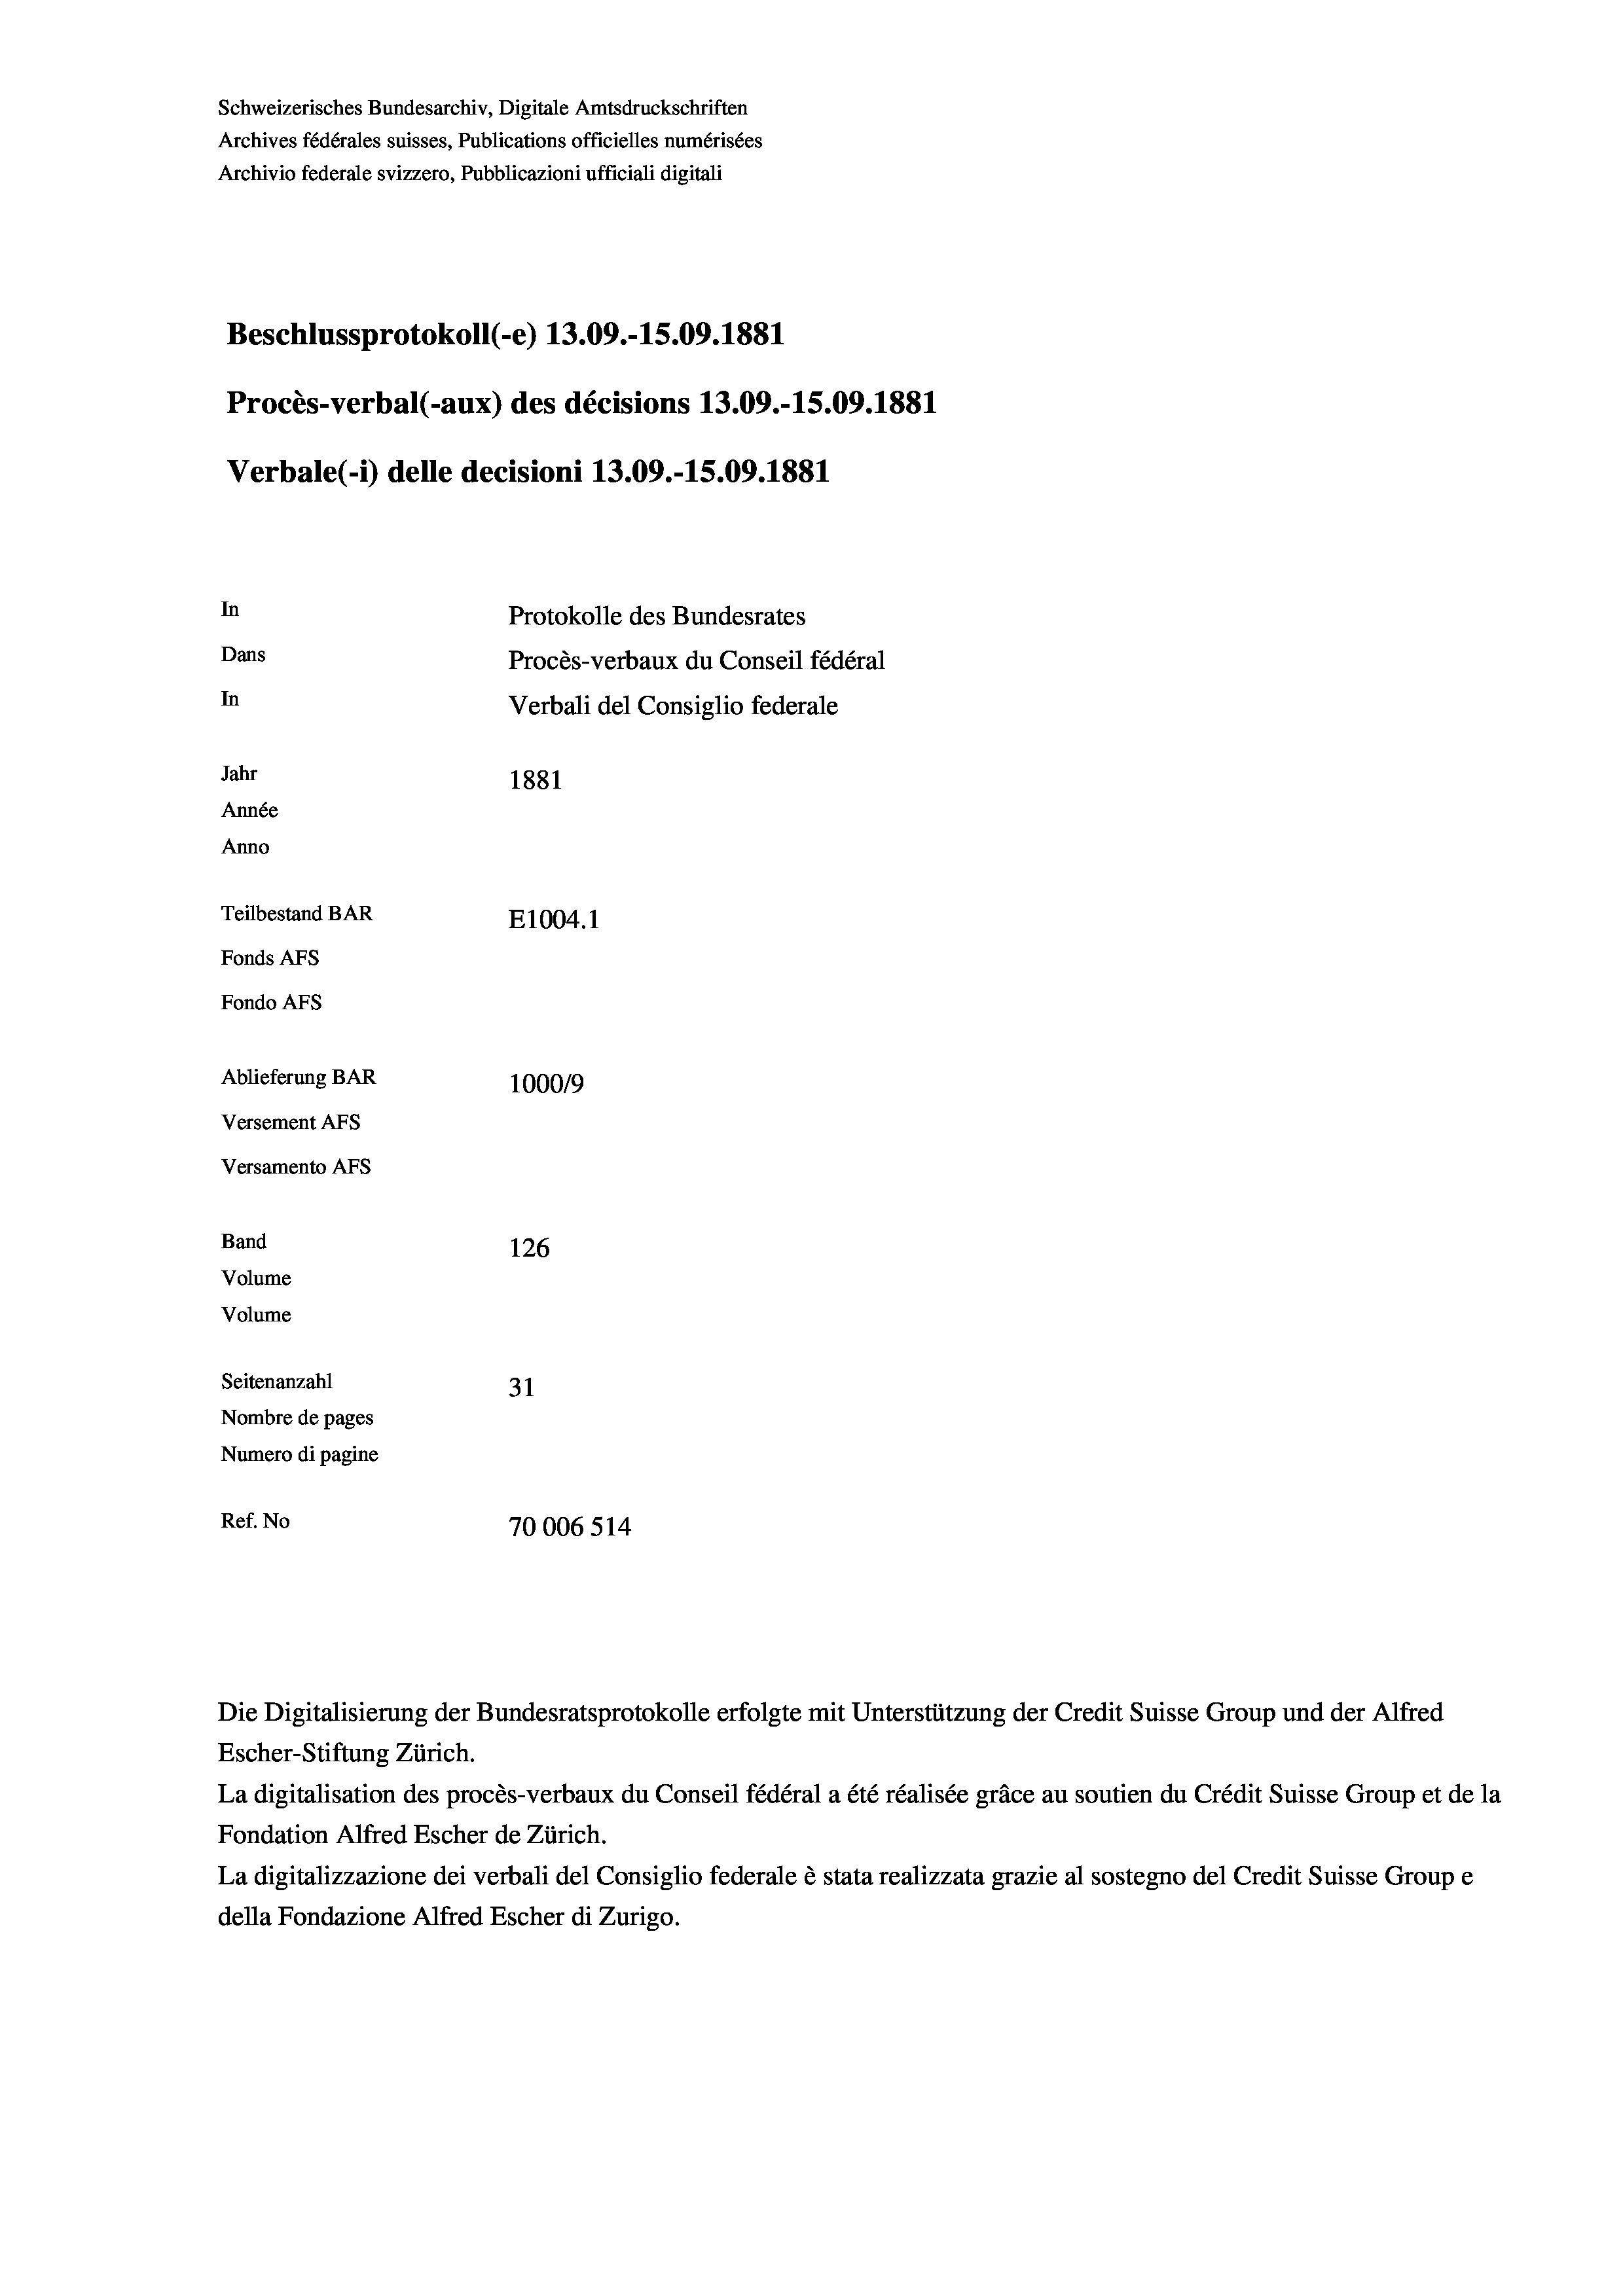
Schweizerisches Bundesarchiv, Digitale Amtsdruckschriften
Archives fédérales suisses, Publications officielles numérisées
Archivio federale svizzero, Pubblicazioni ufficiali digitali
Beschlussprotokoll (-e) 13.09.-15.09. 1881
Procès-verbal (-aux) des décisions 13.09.-15.09. 1881
Verbale (- 1) delle decisioni 13.09.-15.09. 1881
In
Protokolle des Bundesrates
Dans
Procès-verbaux du Conseil fédéral
In
Verbali del Consiglio federale
Jahr
1881
Année
Anno
Teilbestand BAR
E1004. 1
Fonds AFs
Fondo Afs
Ablieferung BAR
100019
Versement AFs
Versamento AFs
Band
126
Volume
Volume
Seitenanzahl
31
Nombre de pages
Numero di pagine
Ref. No
70006 514

Die Digitalisierung der Bundesratsprotokolle erfolgte mit Unterstützung der Credit Suisse Group und der Alfred
Escher-Stiftung Zürich.
La digitalisation des procès-verbaux du Conseil fédéral a été réalisée gräce au soutien du Crédit Suisse Group et de la
Fondation Alfred Escher de Zürich.
La digitalizzazione dei verbali del Consiglio federale è stata realizzata grazie al sostegno del Credit Suisse Groupe
della Fondazione Alfred Escher di Zurigo.